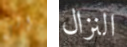
الى النزال